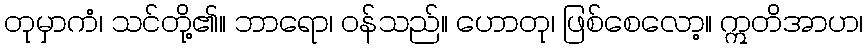
တုမှာကံ၊ သင်တို့၏။ ဘာရော၊ ဝန်သည်။ ဟောတု၊ ဖြစ်စေလော့။ ဣတိအာဟ၊